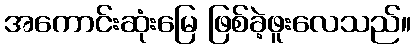
အကောင်းဆုံးမြေ ဖြစ်ခဲ့ဖူးလေသည်။